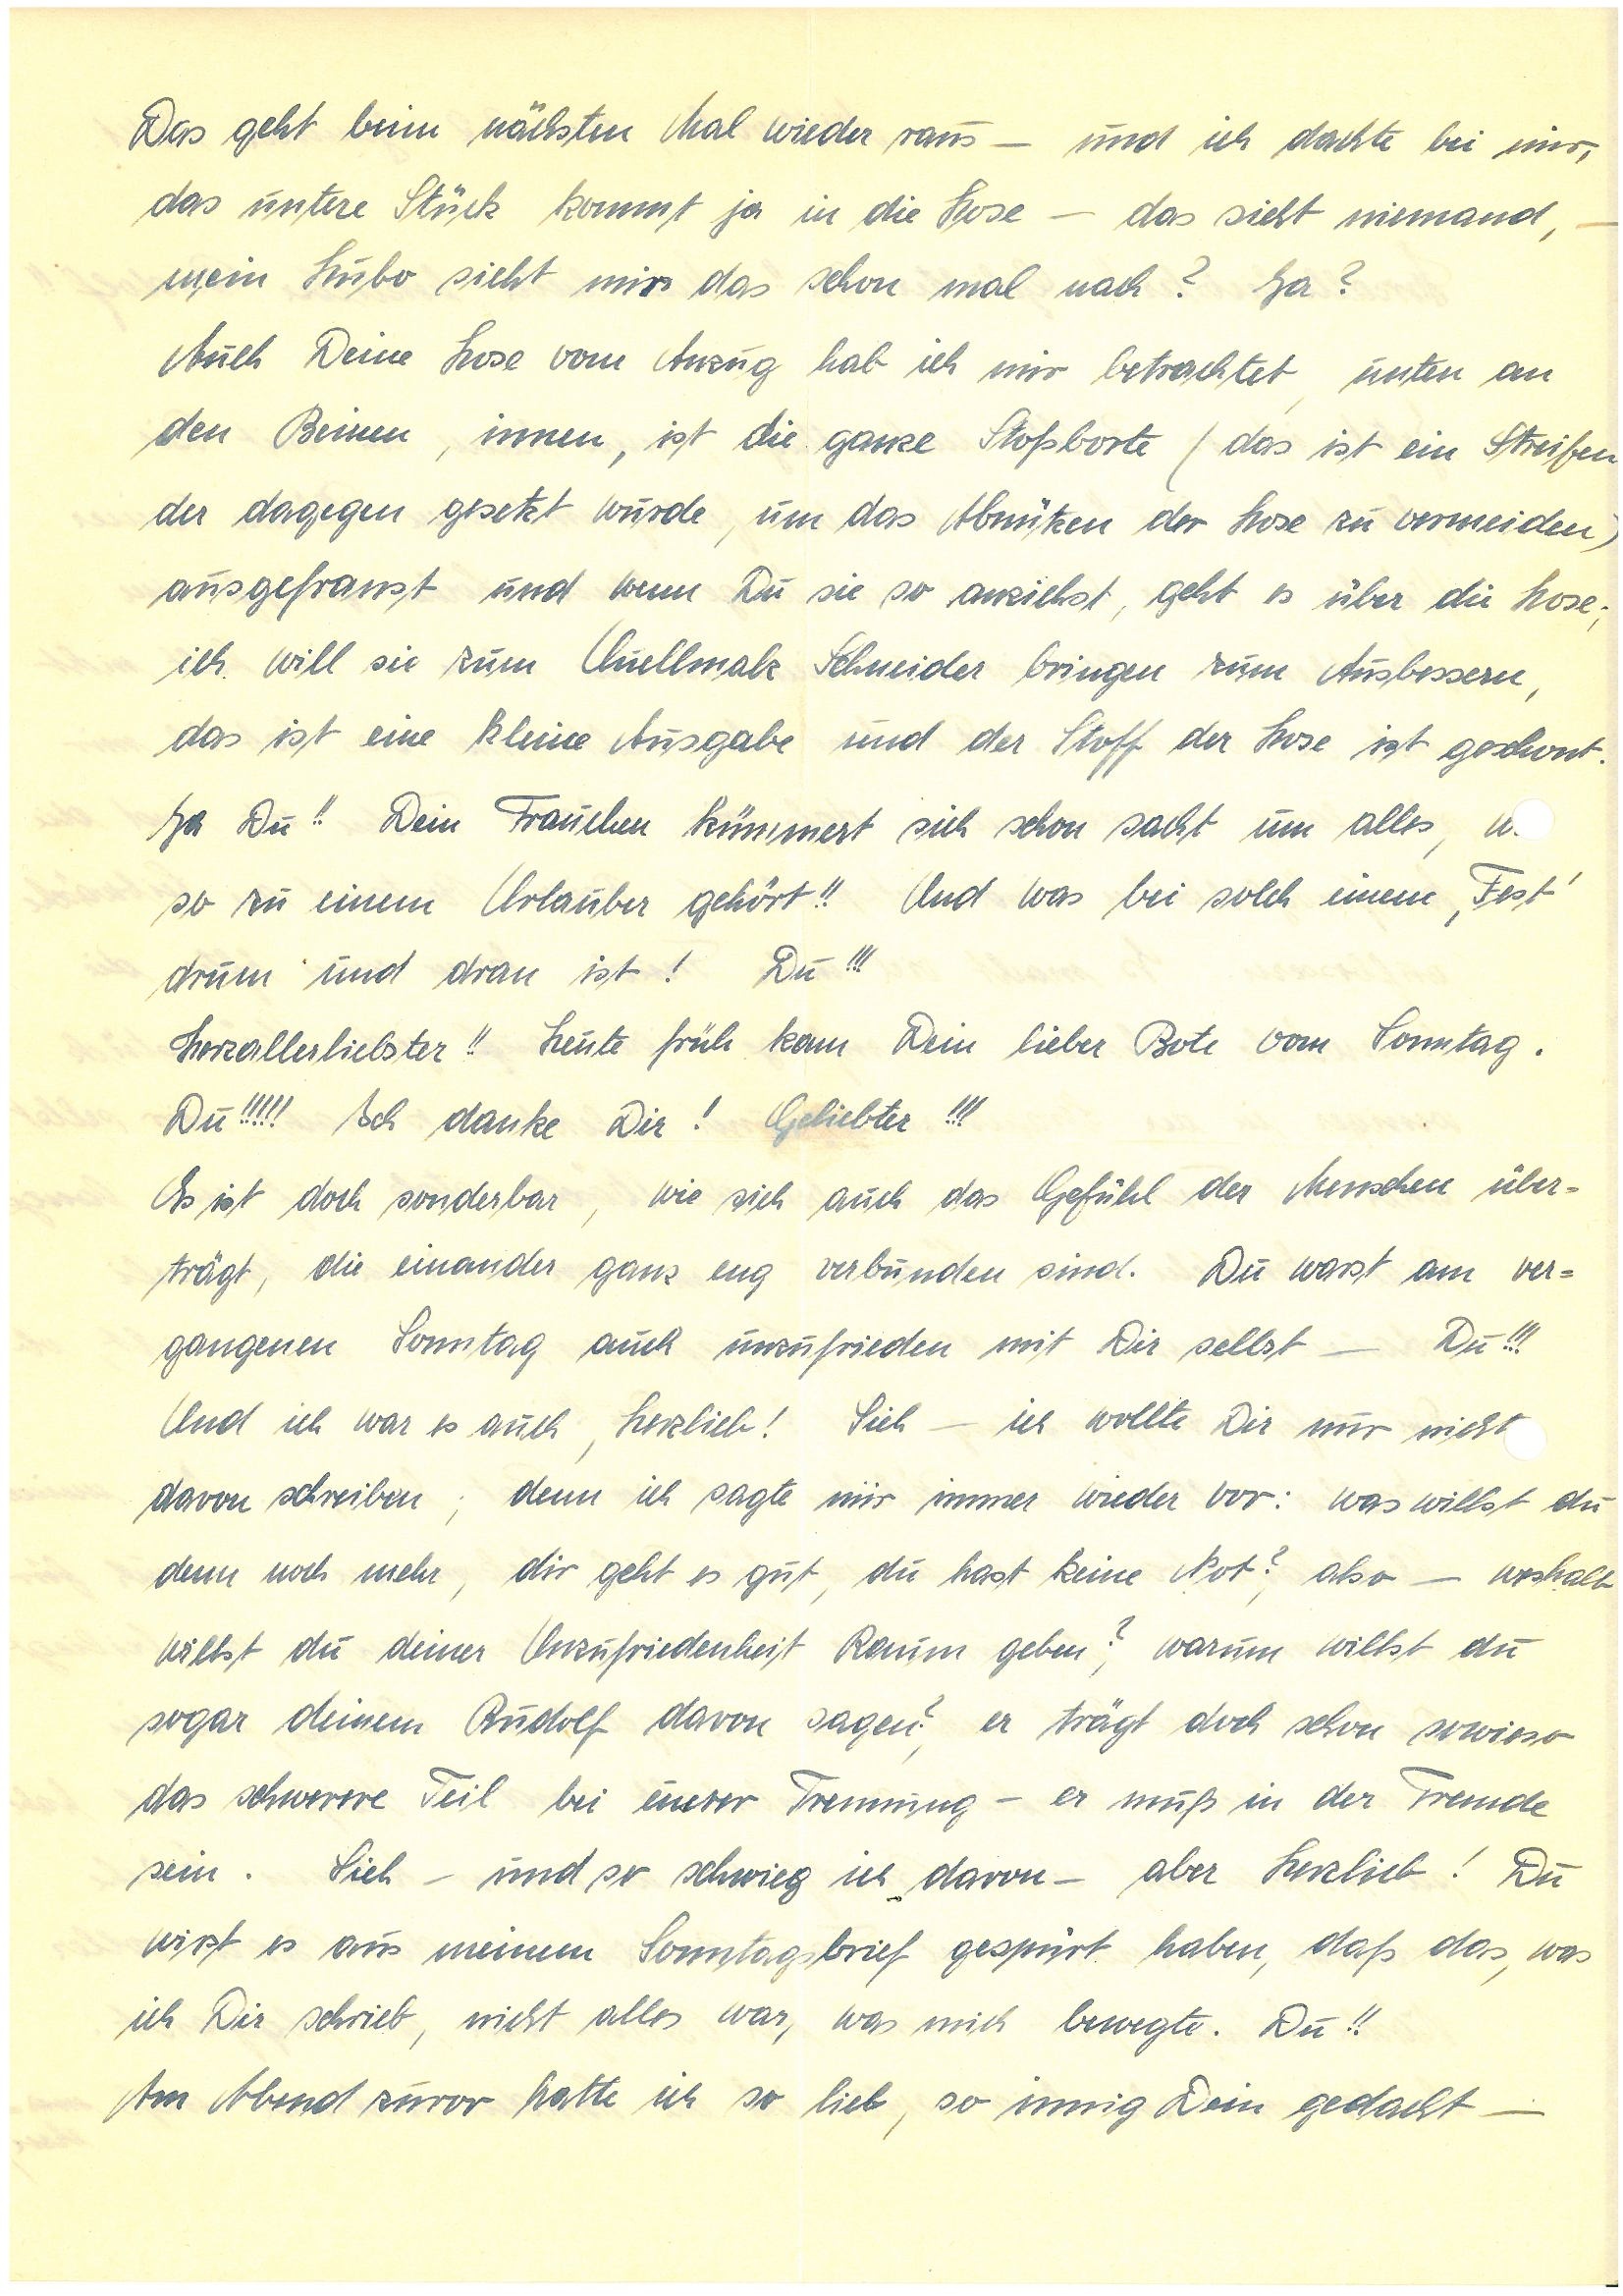
Das geht beim nächsten Mal wieder raus – und ich dachte bei mir,
das untere Stück kommt ja in die Hose – das sieht niemand, –
mein Hubo sieht mir das schon mal nach? Ja?
Auch Deine Hose vom Anzug hab ich mir betrachtet, unten an
den Beinen, innen, ist die ganze Stoßborte (das ist ein Streifen
der dagegen gesetzt wurde, um das Abnützen der Hose zu vermeiden)
ausgefranst und wenn Du sie so anziehst, geht es über die Hose;
ich will sie zum Ch. Schneider bringen zum Ausbessern,
das ist eine kleine Ausgabe und der Stoff der Hose ist geschont.
Ja Du!! Dein Frauchen kümmert sich schon sacht um alles, w
so zu einem Urlauber gehört!! Und was bei solch einem, Fest´
drum und dran ist! Du!!!
Herzallerliebster!! Heute früh kam Dein lieber Bote vom Sonntag.
Du!!!!! Ich danke Dir! Geliebter!!!
Es ist doch sonderbar, wie sich auch das Gefühl der Menschen über¬
trägt, die einander ganz eng verbunden sind. Du warst am ver¬
gangenen Sonntag auch unzufrieden mit Dir selbst – Du!!!
Und ich war es auch, Herzlieb! Sieh – ich wollte Dir nur nicht
davon schreiben; denn ich sagte mir immer wieder vor: was willst du
denn noch mehr, dir geht es gut, du hast keine Not?, also – weshalb
willst du deiner Unzufriedenheit Raum geben?, warum willst du
sogar deinem  davon sagen?, er trägt doch schon sowieso
das schwerere Teil bei unsrer Trennung – er muß in der Fremde
sein. Sieh – und so schwieg ich davon – aber Herzlieb! Du
wirst es aus meinem Sonntagsbrief gespürt haben, daß das, was
ich Dir schrieb, nicht alles war, was mich bewegte. Du!!
Am Abend zuvor hatte ich so lieb, so innig Dein gedacht –